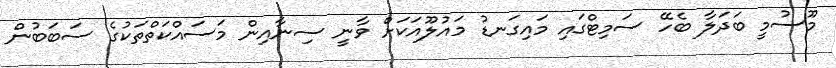
މޫސުމީ ބަދަލާ ބެހޭ ސަމިޓްގައި މައިގަނޑު މައުލޫއަކަށް ވާނީ ސިނާއިން މަސައްކަތްތަކުގެ ސަބަބުން